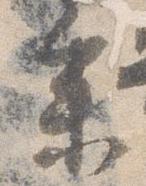
参